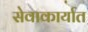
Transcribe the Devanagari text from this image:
सेवाकार्यात